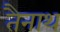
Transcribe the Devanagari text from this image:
तैनाथ